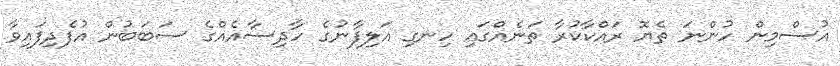
އުސްމިން ހުންނަ ތެޔޮ ރައްކާކުރާ ތަނެއްގައި ހިނގި އަލިފާނުގެ ހާދިސާއެއްގެ ސަބަބުން އުފެދިފައިވާ